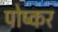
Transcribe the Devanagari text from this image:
पोष्कर